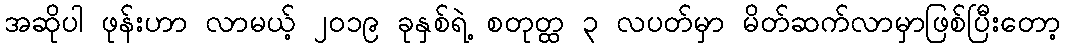
အဆိုပါ ဖုန်းဟာ လာမယ့် ၂၀၁၉ ခုနှစ်ရဲ့ စတုတ္ထ ၃ လပတ်မှာ မိတ်ဆက်လာမှာဖြစ်ပြီးတော့